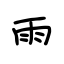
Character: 雨